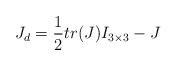
LaTeX: \begin{align*} J_d = \frac{1}{2} tr(J)I_{3\times3}-J\end{align*}